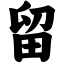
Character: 留